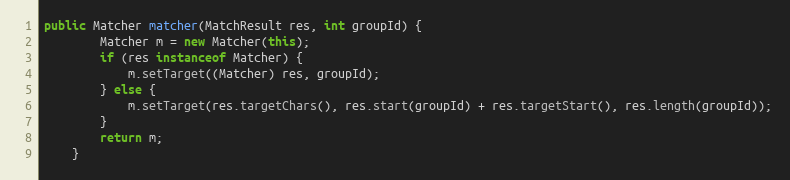
Language: Java
public Matcher matcher(MatchResult res, int groupId) {
        Matcher m = new Matcher(this);
        if (res instanceof Matcher) {
            m.setTarget((Matcher) res, groupId);
        } else {
            m.setTarget(res.targetChars(), res.start(groupId) + res.targetStart(), res.length(groupId));
        }
        return m;
    }